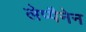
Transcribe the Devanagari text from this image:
लेप्पैनेन